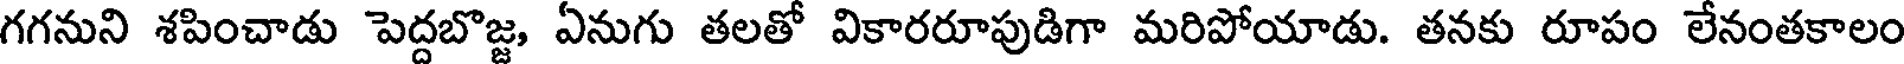
గగనుని శపించాడు పెద్దబొజ్జ, ఏనుగు తలతో వికారరూపుడిగా మరిపోయాడు. తనకు రూపం లేనంతకాలం